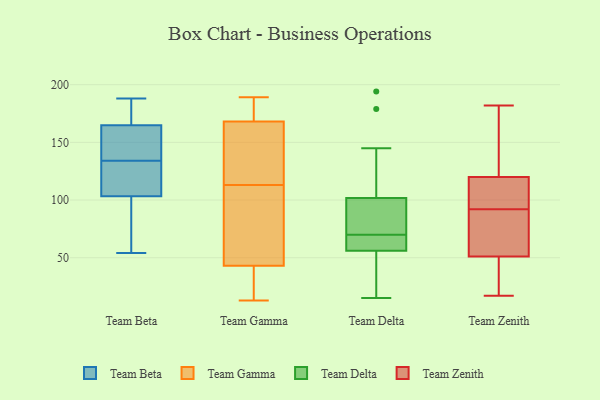
{"axis": {"x": "Tickets Resolved", "y": "Value"}, "legend": ["Team Beta", "Team Delta", "Team Gamma", "Team Zenith"], "data": [{"x": "", "y": 188, "type": "Team Beta"}, {"x": "", "y": 170, "type": "Team Beta"}, {"x": "", "y": 119, "type": "Team Beta"}, {"x": "", "y": 135, "type": "Team Beta"}, {"x": "", "y": 175, "type": "Team Beta"}, {"x": "", "y": 120, "type": "Team Beta"}, {"x": "", "y": 107, "type": "Team Beta"}, {"x": "", "y": 54, "type": "Team Beta"}, {"x": "", "y": 136, "type": "Team Beta"}, {"x": "", "y": 118, "type": "Team Beta"}, {"x": "", "y": 165, "type": "Team Beta"}, {"x": "", "y": 187, "type": "Team Beta"}, {"x": "", "y": 164, "type": "Team Beta"}, {"x": "", "y": 85, "type": "Team Beta"}, {"x": "", "y": 62, "type": "Team Beta"}, {"x": "", "y": 159, "type": "Team Beta"}, {"x": "", "y": 134, "type": "Team Beta"}, {"x": "", "y": 102, "type": "Team Beta"}, {"x": "", "y": 102, "type": "Team Beta"}, {"x": "", "y": 31, "type": "Team Gamma"}, {"x": "", "y": 123, "type": "Team Gamma"}, {"x": "", "y": 189, "type": "Team Gamma"}, {"x": "", "y": 122, "type": "Team Gamma"}, {"x": "", "y": 165, "type": "Team Gamma"}, {"x": "", "y": 40, "type": "Team Gamma"}, {"x": "", "y": 168, "type": "Team Gamma"}, {"x": "", "y": 122, "type": "Team Gamma"}, {"x": "", "y": 98, "type": "Team Gamma"}, {"x": "", "y": 94, "type": "Team Gamma"}, {"x": "", "y": 23, "type": "Team Gamma"}, {"x": "", "y": 188, "type": "Team Gamma"}, {"x": "", "y": 91, "type": "Team Gamma"}, {"x": "", "y": 187, "type": "Team Gamma"}, {"x": "", "y": 104, "type": "Team Gamma"}, {"x": "", "y": 43, "type": "Team Gamma"}, {"x": "", "y": 13, "type": "Team Gamma"}, {"x": "", "y": 174, "type": "Team Gamma"}, {"x": "", "y": 68, "type": "Team Delta"}, {"x": "", "y": 77, "type": "Team Delta"}, {"x": "", "y": 88, "type": "Team Delta"}, {"x": "", "y": 15, "type": "Team Delta"}, {"x": "", "y": 179, "type": "Team Delta"}, {"x": "", "y": 194, "type": "Team Delta"}, {"x": "", "y": 102, "type": "Team Delta"}, {"x": "", "y": 55, "type": "Team Delta"}, {"x": "", "y": 145, "type": "Team Delta"}, {"x": "", "y": 51, "type": "Team Delta"}, {"x": "", "y": 59, "type": "Team Delta"}, {"x": "", "y": 101, "type": "Team Delta"}, {"x": "", "y": 64, "type": "Team Delta"}, {"x": "", "y": 20, "type": "Team Delta"}, {"x": "", "y": 70, "type": "Team Delta"}, {"x": "", "y": 182, "type": "Team Zenith"}, {"x": "", "y": 17, "type": "Team Zenith"}, {"x": "", "y": 51, "type": "Team Zenith"}, {"x": "", "y": 173, "type": "Team Zenith"}, {"x": "", "y": 120, "type": "Team Zenith"}, {"x": "", "y": 81, "type": "Team Zenith"}, {"x": "", "y": 103, "type": "Team Zenith"}, {"x": "", "y": 107, "type": "Team Zenith"}, {"x": "", "y": 66, "type": "Team Zenith"}, {"x": "", "y": 41, "type": "Team Zenith"}]}